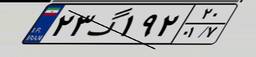
۲۳گ۱۹۲۲۰